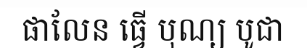
ផាលែន ធ្វើ បុណ្យ បូជា